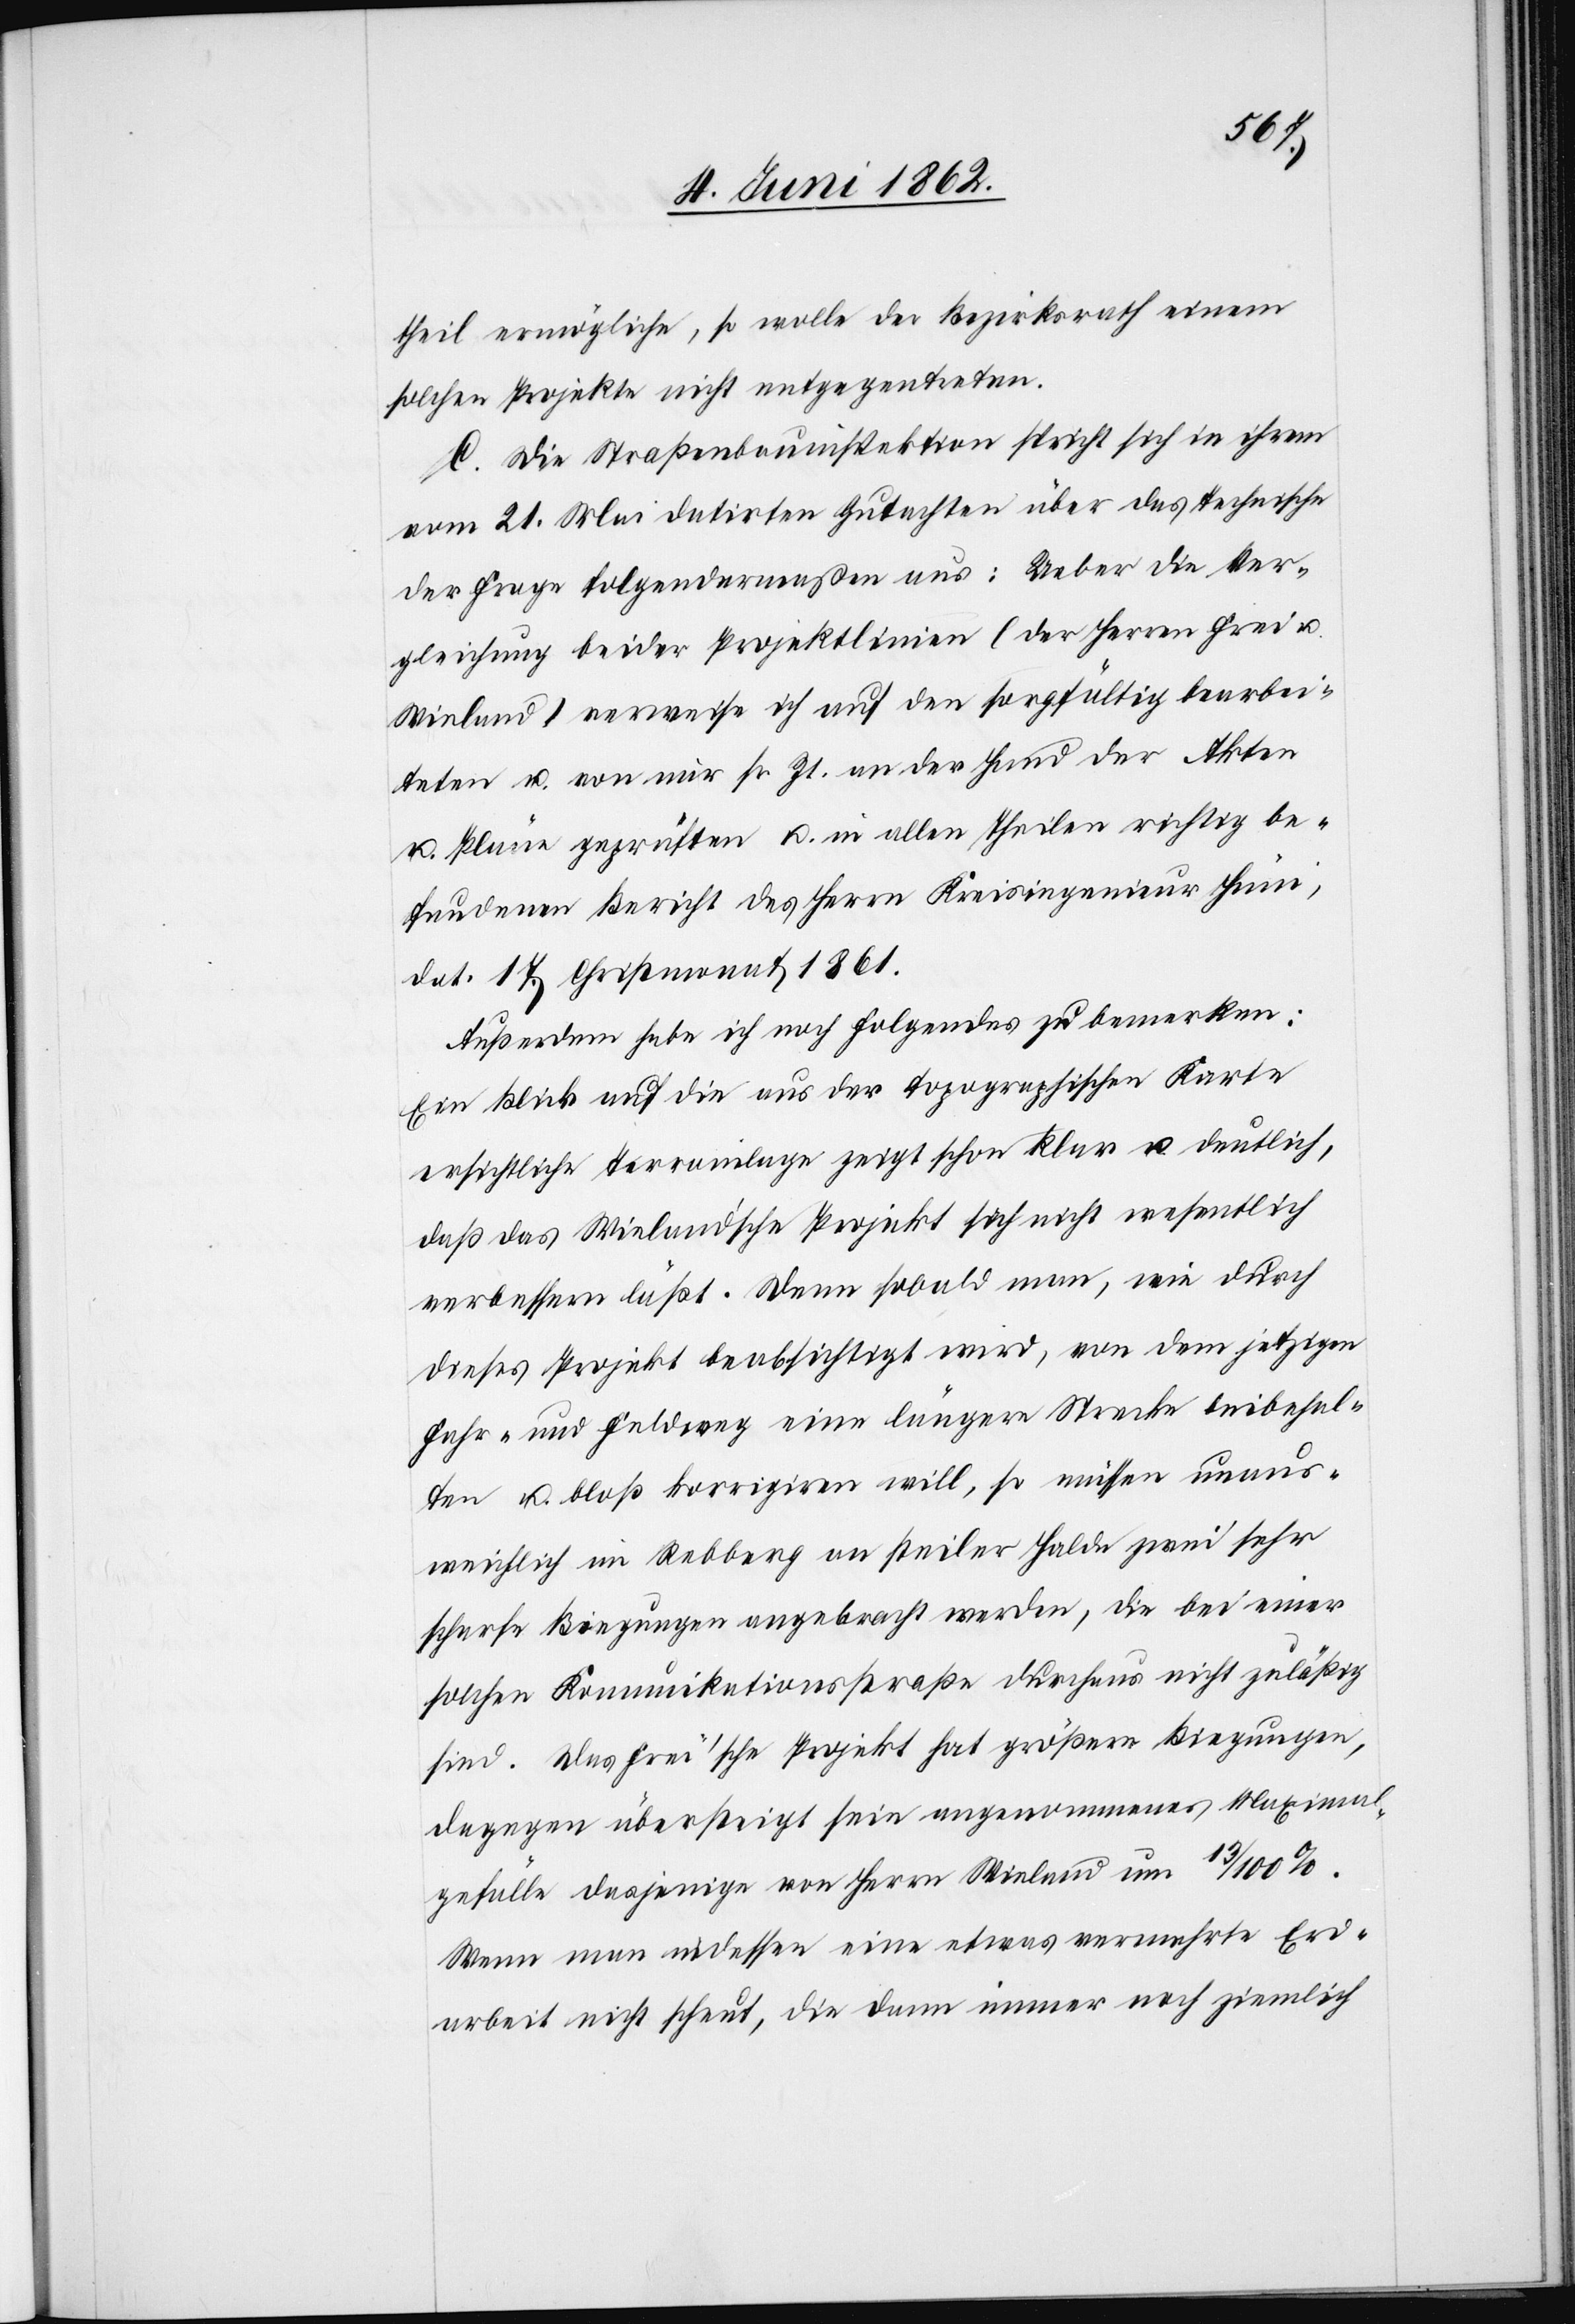
theil ermögliche, so wolle der Bezirksrath einem
solchen Projekte nicht entgegentreten.
C. Die Straßenbauinspektion spricht sich in ihrem
vom 21. Mai datirten Gutachten über das Technische
der Frage folgendermaßen aus: Ueber die Ver¬
gleichung beider Projektlinien (der Herren Frei u.
Wieland) verweise ich auf den sorgfältig bearbei¬
teten u. von mir sr. Zt. an der Hand der Akten
u. Pläne geprüften u. in allen Theilen richtig be¬
fundenen Bericht des Herrn Kreisingenieur Hüni,
dat. 17. Christmonat 1861.
Außerdem habe ich noch folgendes zu bemerken:
Ein Blick auf die aus der topographischen Karte
ersichtliche Terrainlage zeigt schon klar u. deutlich,
daß das Wieland’sche Projekt sich nicht wesentlich
verbessern läßt. Denn sobald man, wie durch
dieses Projekt beabsichtigt wird, von dem jetzigen
Fahr- und Feldweg eine längere Strecke beibehal¬
ten u. bloß korrigiren will, so müssen unaus¬
weichlich im Rebberg an steiler Halde zwei sehr
scharfe Biegungen angebracht werden, die bei einer
solchen Kommunikationsstraße durchaus nicht zuläßig
sind. Das Frei’sche Projekt hat größere Biegungen,
dagegen übersteigt sein angenommenes Maximal¬
gefälle dasjenige von Herrn Wieland um 13/100%.
Wenn man indessen eine etwas vermehrte Erd¬
arbeit nicht scheut, die dann immer noch ziemlich